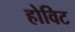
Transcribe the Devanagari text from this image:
होविट